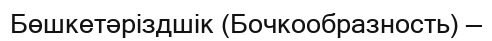
Бөшкетәріздшік (Бочкообразность) —